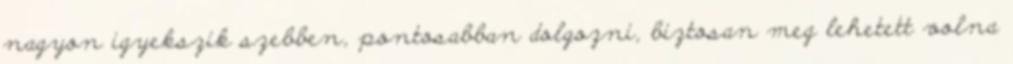
nagyon igyekszik szebben, pontosabban dolgozni, biztosan meg lehetett volna